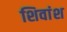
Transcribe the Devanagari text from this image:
शिवांश